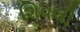
શિવલી